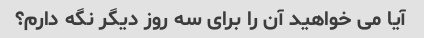
آیا می خواهید آن را برای سه روز دیگر نگه دارم؟